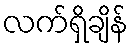
လက်ရှိချိန်